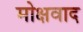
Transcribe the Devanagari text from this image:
मोक्षवाद